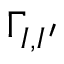
\Gamma _ { I , I ^ { \prime } }